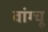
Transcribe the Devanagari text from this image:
वांग्चू